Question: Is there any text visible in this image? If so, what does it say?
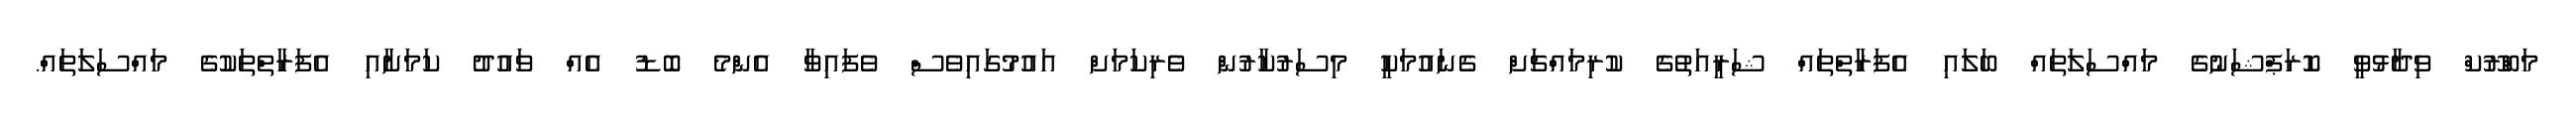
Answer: މަބްރޫކް ވިދާޅުވީ ކޮރަޕްޝަނުގެ މައްސަލަތައް ބަލައި އެފަރާތްތައް ޝަރީއަތުގެ ކުރިމައްޗަށް ގެނައުމަކީ މިސަރުކާރުން ވެރިކަމަށް އައުމުގައިވެސް ވެފައިވާ އެންމެ ބޮޑު އެއް ވައުދު ކަމަށާއި އެފަރާތްތަކުގެ މައްސަލަތައް.